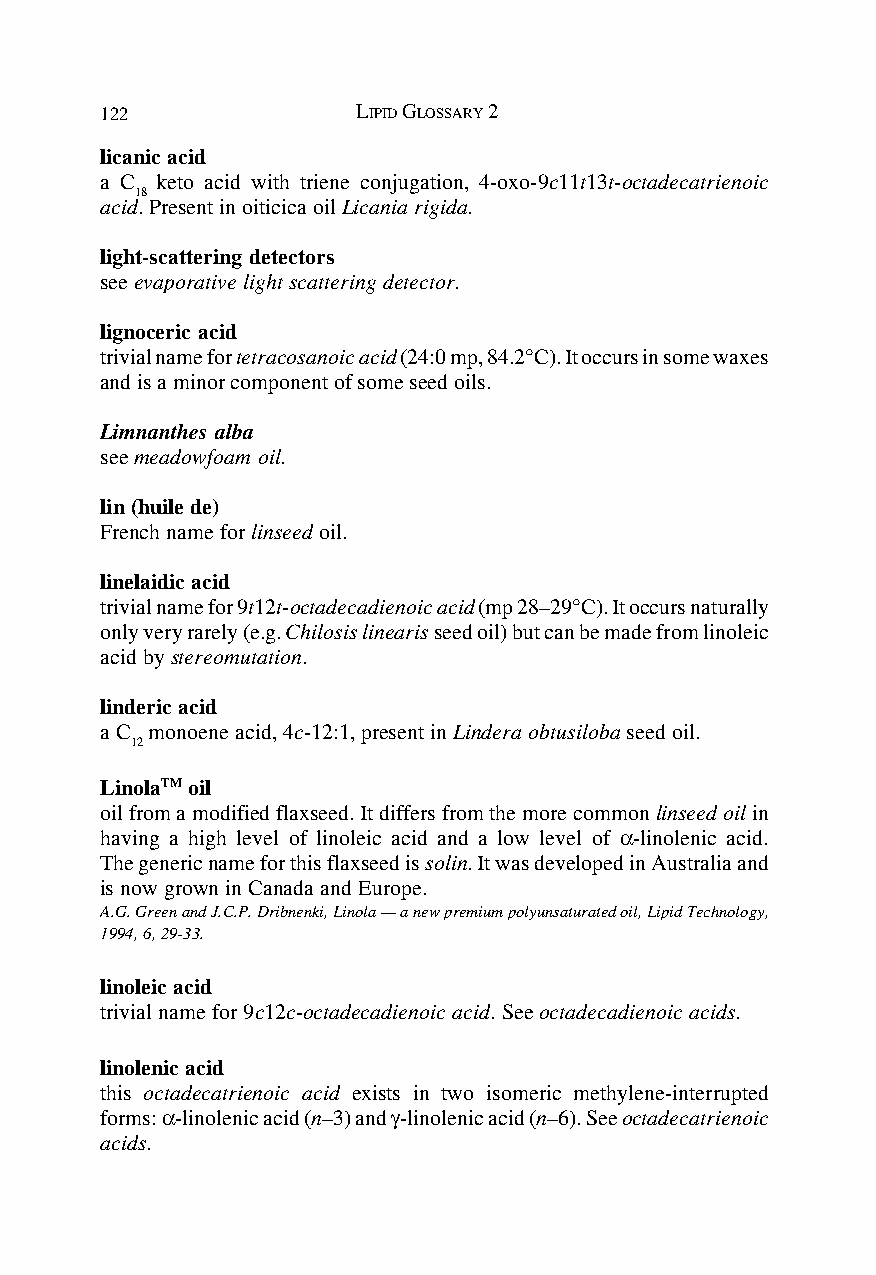
122              LIPID GLOSSARY 2
 licanic acid
 a C keto acid with triene conjugation, 4-oxo-9c11t13t-octadecatrienoic
 18
 acid. Present in oiticica oil Licania rigida.
 light-scattering detectors
 see evaporative light scattering detector.
 lignoceric acid
 trivial name for tetracosanoic acid (24:0 mp, 84.2°C). It occurs in some waxes
 and is a minor component of some seed oils.
 Limnanthes alba
 see meadowfoam oil.
 lin (huile de)
 French name for linseed oil.
 linelaidic acid
 trivial name for 9t12t-octadecadienoic acid (mp 28–29°C). It occurs naturally
 only very rarely (e.g. Chilosis linearis seed oil) but can be made from linoleic
 acid by stereomutation.
 linderic acid
 a C monoene acid, 4c-12:1, present in Lindera obtusiloba seed oil.
 12
 LinolaTM oil
 oil from a modified flaxseed. It differs from the more common linseed oil in
 having a high level of linoleic acid and a low level of α-linolenic acid.
 The generic name for this flaxseed is solin. It was developed in Australia and
 is now grown in Canada and Europe.
 A.G. Green and J.C.P. Dribnenki, Linola — a new premium polyunsaturated oil, Lipid Technology,
 1994, 6, 29-33.
 linoleic acid
 trivial name for 9c12c-octadecadienoic acid. See octadecadienoic acids.
 linolenic acid
 this octadecatrienoic acid exists in two isomeric methylene-interrupted
 forms: α-linolenic acid (n–3) and γ-linolenic acid (n–6). See octadecatrienoic
 acids.